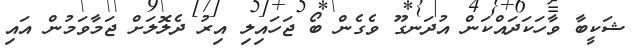
ޝަކީބާ ވާހަކަދައްކަން އުދަނގޫ ވެގެން ބޯ ޖަހައިލި އިރު ދެލޮލަށް ޖަމާވަމުން އައި